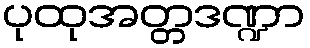
ပုထုအတ္တဒဏ္ဍာ